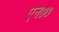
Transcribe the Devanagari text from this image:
एन७७